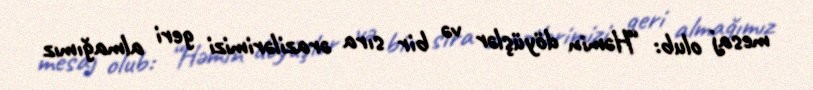
mesaj olub: “Həmin döyüşlər və bir sıra ərazilərimizi geri almağımız